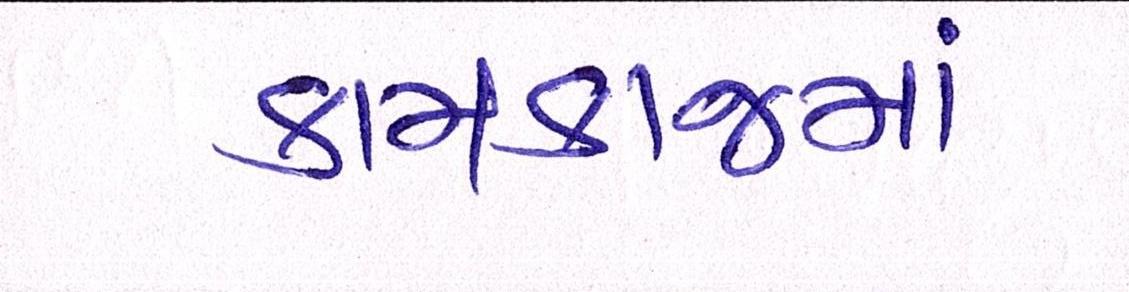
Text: કામકાજમાં